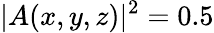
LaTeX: |A(x,y,z)|^{2}=0.5